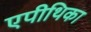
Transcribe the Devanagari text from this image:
एपीथिका